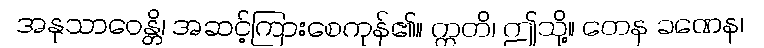
အနုသာဝေန္တိ၊ အဆင့်ကြားစေကုန်၏။ ဣတိ၊ ဤသို့။ တေန ခဏေန၊